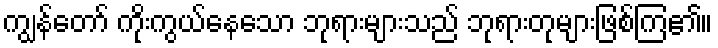
ကျွန်တော် ကိုးကွယ်နေသော ဘုရားများသည် ဘုရားတုများဖြစ်ကြ၏။